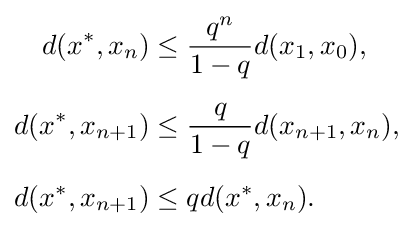
{\begin{aligned}d(x^{*},x_{n})&\leq {\frac {q^{n}}{1-q}}d(x_{1},x_{0}),\\[5pt]d(x^{*},x_{n+1})&\leq {\frac {q}{1-q}}d(x_{n+1},x_{n}),\\[5pt]d(x^{*},x_{n+1})&\leq qd(x^{*},x_{n}).\end{aligned}}